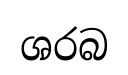
ශරබ